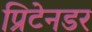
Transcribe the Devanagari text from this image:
प्रिटेनडर